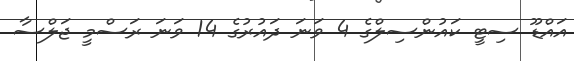
އައްޑޫ ސިޓީ ކައުންސިލްގެ 4 ވަނަ ދައުރުގެ 14 ވަނަ ރަސްމީ ޖަލްސާ